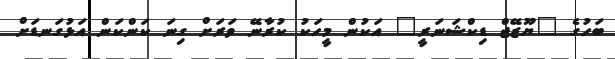
ބަހުގެ "ޔޫޒޭޖް ޑިކްޝަނަރީ" އަކުން މީހަކު ކުރާނޭ ވަރަށް ގިނަ ކަންކަން އަޅުގަނޑަށް